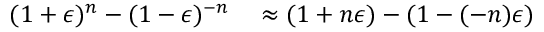
\begin{array} { r l } { ( 1 + \epsilon ) ^ { n } - ( 1 - \epsilon ) ^ { - n } } & { { } \approx ( 1 + n \epsilon ) - ( 1 - ( - n ) \epsilon ) } \end{array}